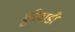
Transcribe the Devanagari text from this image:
मुंढेवाडी